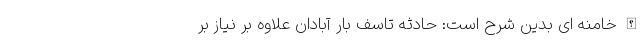
الله خامنه ای بدین شرح است: حادثه تاسف بار آبادان علاوه بر نیاز بر